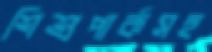
শিশুপার্কসহ